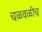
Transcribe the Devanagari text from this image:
चळवळीच